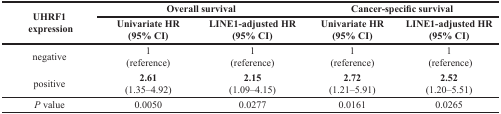
<table><thead><tr><td rowspan="2"><b>UHRF1 expression</b></td><td colspan="2"><b>Overall survival</b></td><td colspan="2"><b>Cancer-specific survival</b></td></tr><tr><td><b>Univariate HR (95% CI)</b></td><td><b>LINE1-adjusted HR (95% CI)</b></td><td><b>Univariate HR (95% CI)</b></td><td><b>LINE1-adjusted HR (95% CI)</b></td></tr></thead><tbody><tr><td>negative</td><td>1 (reference)</td><td>1 (reference)</td><td>1 (reference)</td><td>1 (reference)</td></tr><tr><td></td><td><b>2.61</b></td><td><b>2.15</b></td><td><b>2.72</b></td><td><b>2.52</b></td></tr><tr><td>positive</td><td>(1.35–4.92)</td><td>(1.09–4.15)</td><td>(1.21–5.91)</td><td>(1.20–5.51)</td></tr><tr><td><i>P</i> value</td><td>0.0050</td><td>0.0277</td><td>0.0161</td><td>0.0265</td></tr></tbody></table>